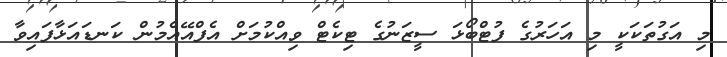
މި އަގުތަކަކީ މި އަހަރުގެ ފުޓްބޯޅަ ސީޒަނުގެ ޓިކެޓް ވިއްކުމަށް އެފްއޭއެމުން ކަނޑައަޅާފައިވާ